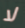
لا